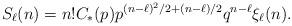
LaTeX: \begin{align*} S_\ell(n) = n! C_*(p) p^{(n-\ell)^2/2 + (n-\ell)/2}q^{n-\ell} \xi_{\ell}(n). \end{align*}